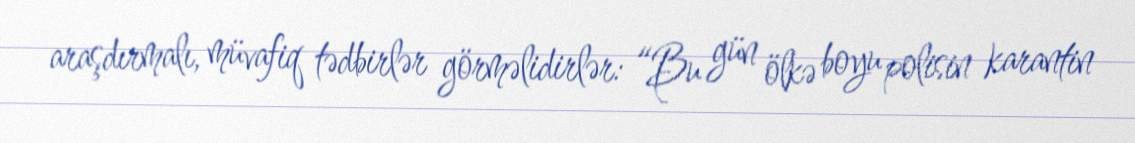
araşdırmalı, müvafiq tədbirlər görməlidirlər: “Bu gün ölkə boyu polisin karantin